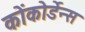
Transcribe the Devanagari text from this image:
कोंकोर्डेन्स